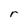
Character: r